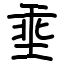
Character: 埀